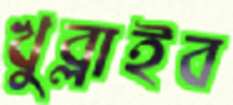
খুব্‌লাইব